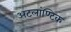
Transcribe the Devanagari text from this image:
अटलांण्टिक